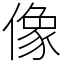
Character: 像